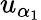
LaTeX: u_{\alpha_{1}}